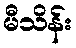
မီသိန်း